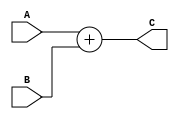
// Maria Fernanda Barroso Monroy 
// Actividad 4 


`timescale 1ns/1ns

module Sum_com8(
    input [7:0]A,
    input [7:0]B,
    output [8:0]C);
    assign C = A + B;

endmodule